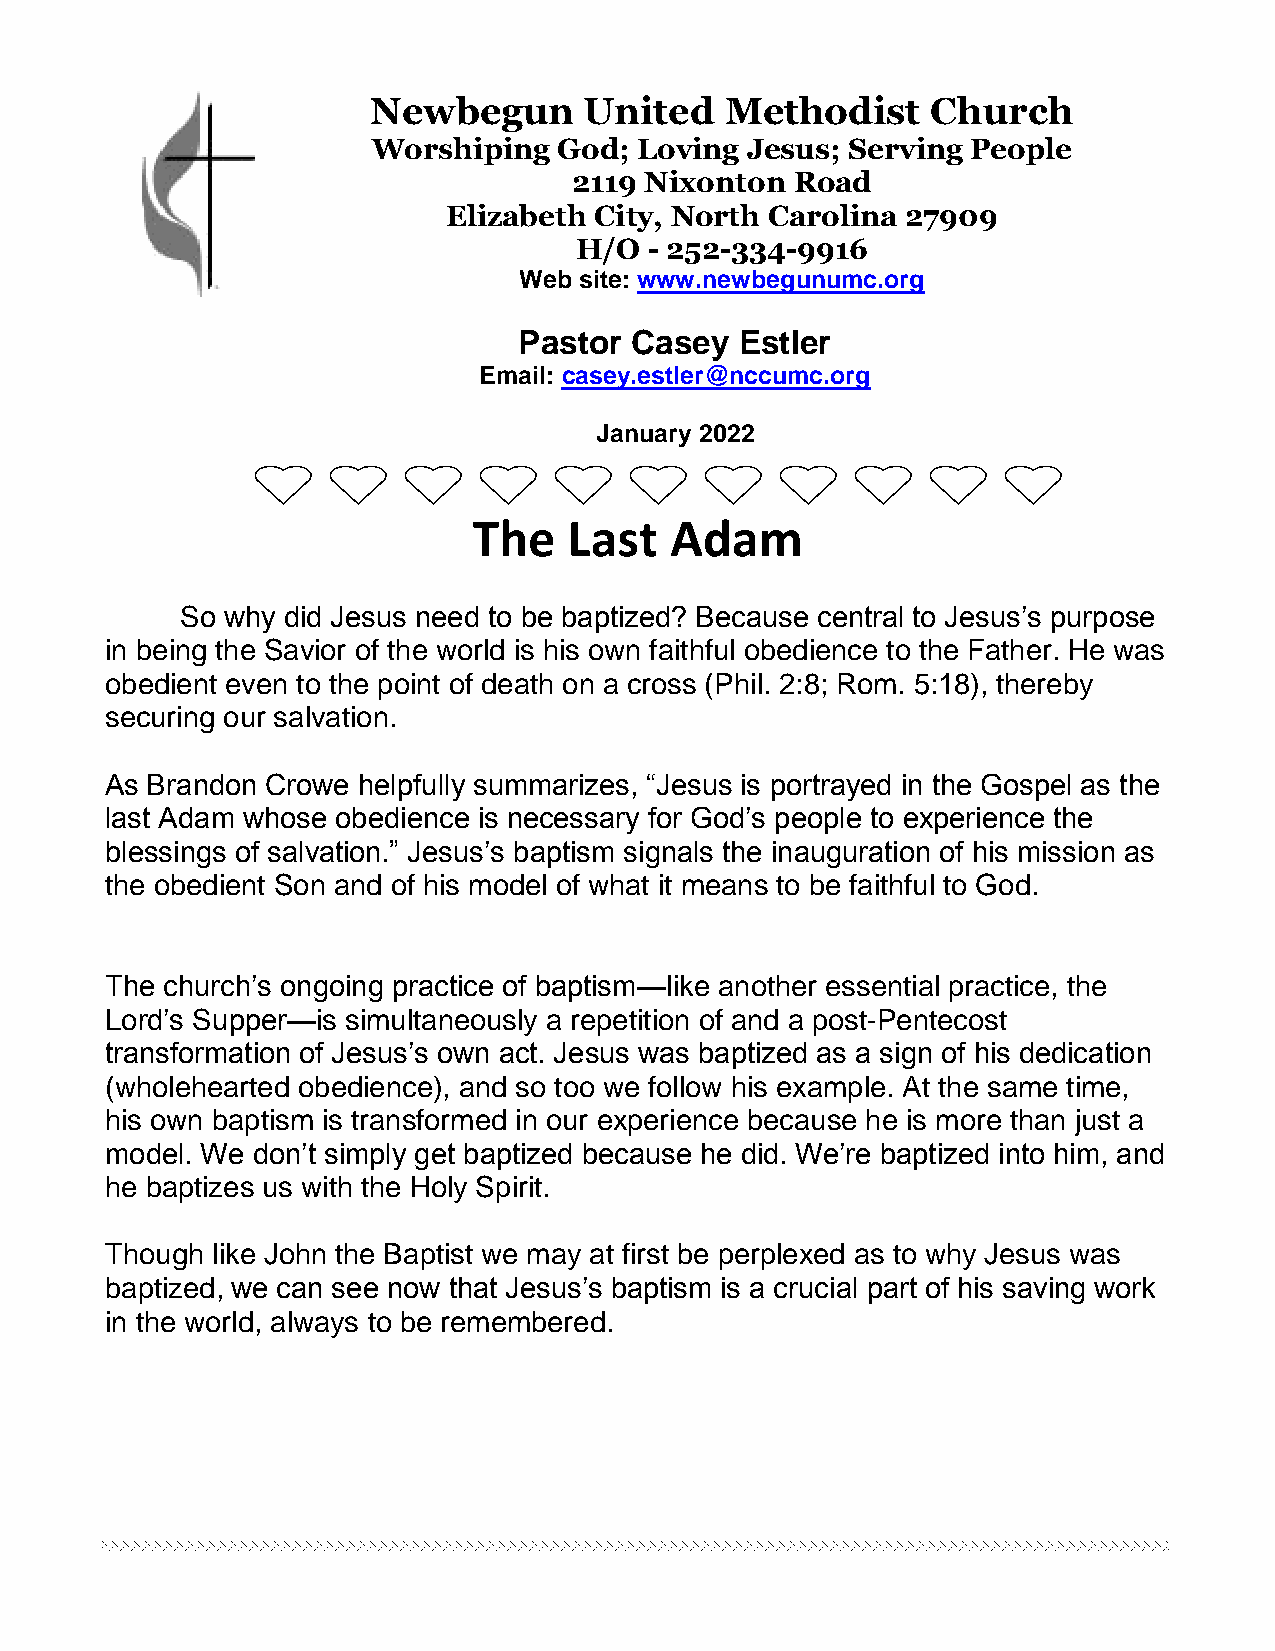
Newbegun      United   Methodist     Church
 Worshiping  God; Loving Jesus; Serving People
 2119 Nixonton  Road
 Elizabeth City, North Carolina 27909
 H/O  - 252-334-9916
 Web site: www.newbegunumc.org
 Pastor  Casey  Estler
 Email: casey.estler@nccumc.org
 January 2022
 The    Last  Adam
 So why did Jesus need to be baptized? Because central to Jesus’s purpose
 in being the Savior of the world is his own faithful obedience to the Father. He was
 obedient even to the point of death on a cross (Phil. 2:8; Rom. 5:18), thereby
 securing our salvation.
 As Brandon Crowe helpfully summarizes, “Jesus is portrayed in the Gospel as the
 last Adam whose obedience is necessary for God’s people to experience the
 blessings of salvation.” Jesus’s baptism signals the inauguration of his mission as
 the obedient Son and of his model of what it means to be faithful to God.
 The church’s ongoing practice of baptism—like another essential practice, the
 Lord’s Supper—is simultaneously a repetition of and a post-Pentecost
 transformation of Jesus’s own act. Jesus was baptized as a sign of his dedication
 (wholehearted obedience), and so too we follow his example. At the same time,
 his own baptism is transformed in our experience because he is more than just a
 model. We don’t simply get baptized because he did. We’re baptized into him, and
 he baptizes us with the Holy Spirit.
 Though like John the Baptist we may at first be perplexed as to why Jesus was
 baptized, we can see now that Jesus’s baptism is a crucial part of his saving work
 in the world, always to be remembered.